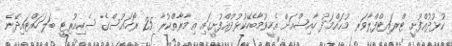
ކުޅުދުއްފުށީ ޓްރައިޓްފްލާވަރ މުޙައްމަދު ހާއިޝްއަށް އެހީވުމާބެހޭކުޅުދުއްފުށީގައި ޢިމާރާތްކުރާ 25 ރޯހައުސްގެ ސެކިއުރިޓީ ބަލަހައްޓައިދޭނެ